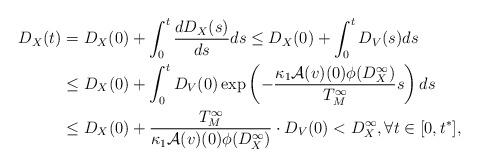
LaTeX: \begin{align*}D_{X}(t)&= D_{X}(0)+\int_{0}^{t}\frac{dD_{X}(s)}{ds}ds \leq D_{X}(0)+\int_{0}^{t}D_{V}(s)ds\\&\leq D_{X}(0)+\int_{0}^{t}D_{V}(0)\exp\left(-\frac{\kappa_1\mathcal{A}(v)(0)\phi(D_X^\infty)}{T_M^\infty}s\right)ds\\&\leq D_{X}(0)+\frac{T_M^\infty}{\kappa_1\mathcal{A}(v)(0){\phi(D_X^\infty)}}\cdot D_{V}(0)< D_{X}^\infty, \forall t\in [0,t^*],\end{align*}